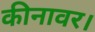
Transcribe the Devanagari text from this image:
कीनावर।